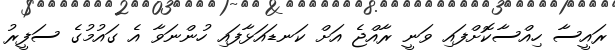
ރައީސާ ހިއްސާކޮށްފައި ވަނީ ރާއްޖެ އަށް ކަނޑައަޅާފައި ހުންނަވާ އެ ގައުމުގެ ސަފީރު